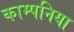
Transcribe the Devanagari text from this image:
काम्पनिया